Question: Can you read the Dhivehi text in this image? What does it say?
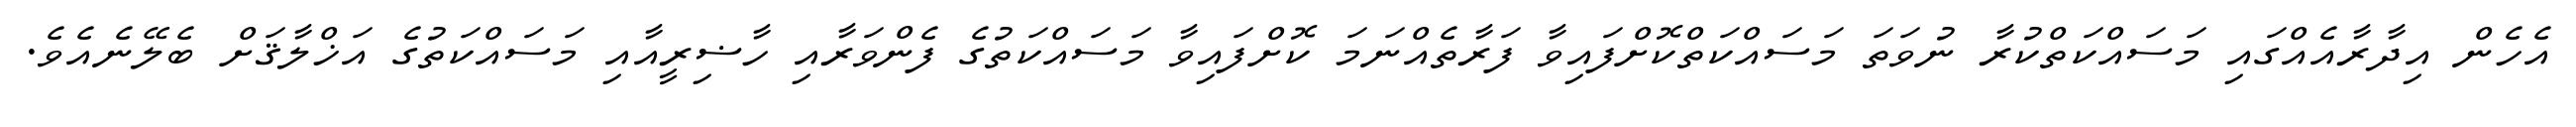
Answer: އެހެން އިދާރާއެއްގައި މަސައްކަތްކުރާ ނުވަތަ މަސައްކަތްކޮށްފައިވާ ފަރާތެއްނަމަ ކޮށްފައިވާ މަސައްކަތުގެ ފެންވަރާއި ހާޟިރީއާއި މަސައްކަތުގެ އަޚްލާޤަށް ބެލޭނެއެވެ.